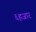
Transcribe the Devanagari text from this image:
६हजार